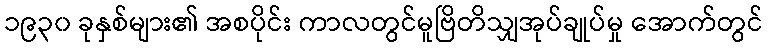
၁၉၃၀ ခုနှစ်များ၏ အစပိုင်း ကာလတွင်မူဗြိတိသျှအုပ်ချုပ်မှု အောက်တွင်